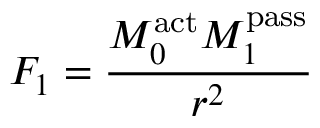
F _ { 1 } = { \frac { M _ { 0 } ^ { \mathrm { a c t } } M _ { 1 } ^ { \mathrm { p a s s } } } { r ^ { 2 } } }